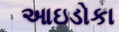
આઇડોકા